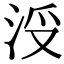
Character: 𣳭